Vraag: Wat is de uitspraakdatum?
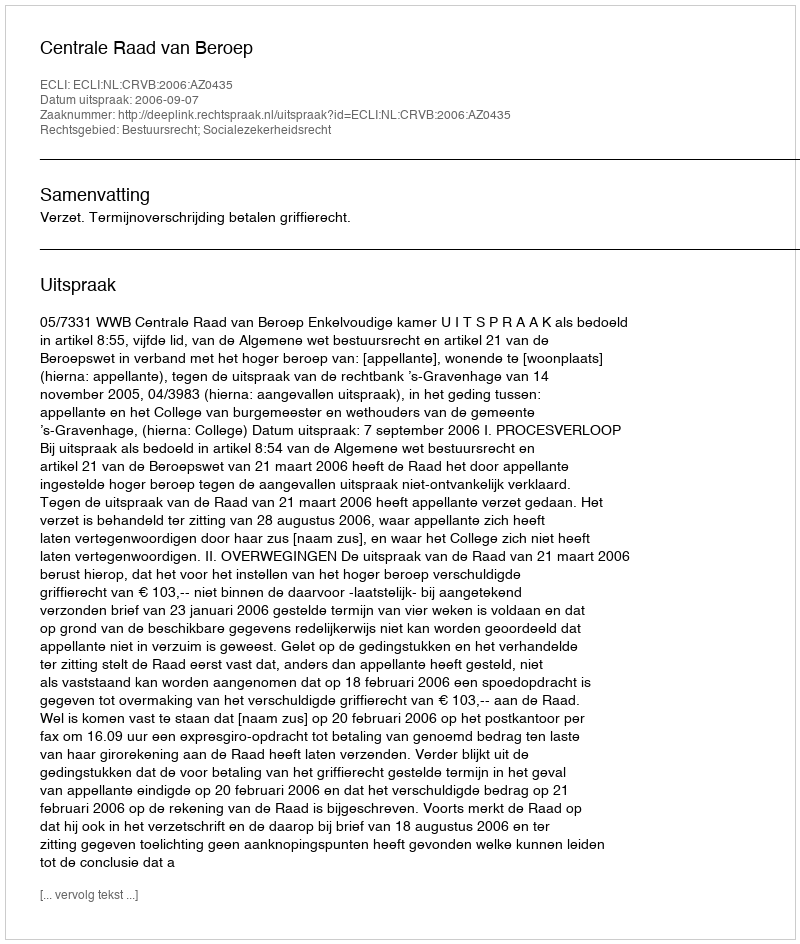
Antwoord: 2006-09-07